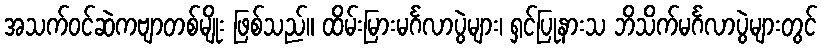
အသက်ဝင်ဆဲကဗျာတစ်မျိုး ဖြစ်သည်။ ထိမ်းမြားမင်္ဂလာပွဲများ၊ ရှင်ပြုနားသ ဘိသိက်မင်္ဂလာပွဲများတွင်